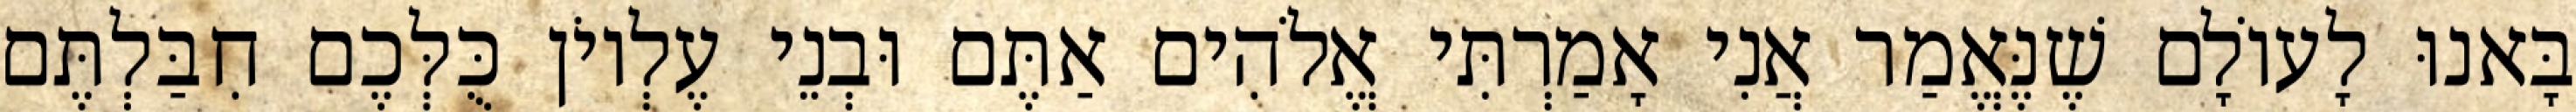
בָּאנוּ לָעוֹלָם שֶׁנֶּאֱמַר אֲנִי אָמַרְתִּי אֱלֹהִים אַתֶּם וּבְנֵי עֶלְיוֹן כֻּלְּכֶם חִבַּלְתֶּם